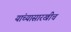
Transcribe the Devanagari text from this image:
यांच्यासारखीच